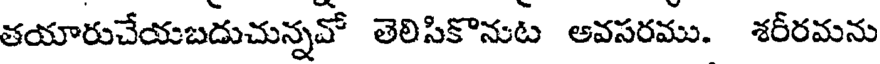
తయారుచేయబదుచున్నవో తెలిసికొనుట అవసరము. శర్రమను